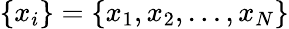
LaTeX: \{ x_{i}\} =\{ x_{1},x_{2},\ldots,x_{N}\}